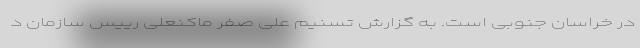
در خراسان جنوبی است. به گزارش تسنیم علی صفر ماکنعلی رییس سازمان د